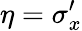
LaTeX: \eta=\sigma_{x}^{\prime}